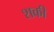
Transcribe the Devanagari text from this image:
शकी